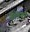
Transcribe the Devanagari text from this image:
अन्निका